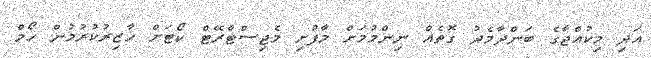
އަދި މިކުއްޖާގެ ބަންދާމެދު ގޮތެއް ނިންމުމަށް މާފުށި މެޖިސްޓްރޭޓް ކޯޓަށް ހާޒިރުކުރުމުން ހޯމް